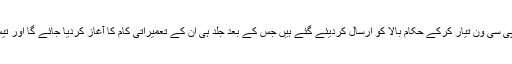
انہوں نے مزید بتایا کہ ان تینوں مائنرزکے پی سی ون تیار کرکے حکام بالا کو ارسال کردیئے گئے ہیں جس کے بعد جلد ہی ان کے تعمیراتی کام کا آغاز کردیا جائے گا اور تیس جون تک ان مائنرز کو پختہ کردیا جائیگا۔